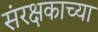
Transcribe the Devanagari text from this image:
संरक्षकाच्या